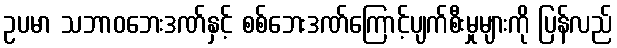
ဥပမာ သဘာဝဘေးဒဏ်နှင့် စစ်ဘေးဒဏ်ကြောင့်ပျက်စီးမှုများကို ပြန်လည်